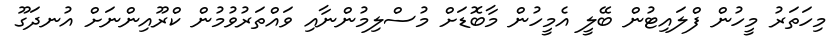
މިހަތަރު މީހުން ފްލައިޓުން ބޭލީ އެމީހުން މާބޮޑަށް މުސްލިމުންނާއި ވައްތަރުވުމުން ކްރޫއިންނަށް އުނދަގޫ